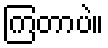
ကြတာပဲ။